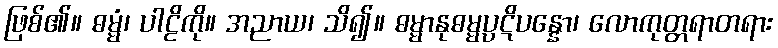
ဖြစ်၏။ ဓမ္မံ၊ ပါဠိကို။ အညာယ၊ သိ၍။ ဓမ္မာနုဓမ္မပ္ပဋိပန္နော၊ လောကုတ္တရာတရား